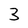
Character: 3